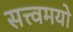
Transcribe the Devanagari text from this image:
सत्त्वमयो